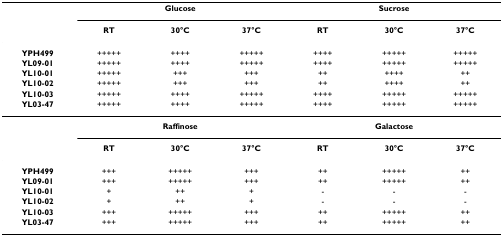
<table><thead><tr><td></td><td colspan="3"><b>Glucose</b></td><td colspan="3"><b>Sucrose</b></td></tr><tr><td></td><td><b>RT</b></td><td><b>30°C</b></td><td><b>37°C</b></td><td><b>RT</b></td><td><b>30°C</b></td><td><b>37°C</b></td></tr></thead><tbody><tr><td><b>YPH499</b></td><td>+++++</td><td>++++</td><td>+++++</td><td>++++</td><td>+++++</td><td>+++++</td></tr><tr><td><b>YL09-01</b></td><td>+++++</td><td>++++</td><td>+++++</td><td>++++</td><td>+++++</td><td>+++++</td></tr><tr><td><b>YL10-01</b></td><td>+++++</td><td>+++</td><td>+++</td><td>++</td><td>++++</td><td>++</td></tr><tr><td><b>YL10-02</b></td><td>+++++</td><td>+++</td><td>+++</td><td>++</td><td>++++</td><td>++</td></tr><tr><td><b>YL10-03</b></td><td>+++++</td><td>++++</td><td>+++++</td><td>++++</td><td>+++++</td><td>+++++</td></tr><tr><td><b>YL03-47</b></td><td>+++++</td><td>++++</td><td>+++++</td><td>++++</td><td>+++++</td><td>+++++</td></tr><tr><td></td><td colspan="3"><b>Raffinose</b></td><td colspan="3"><b>Galactose</b></td></tr><tr><td></td><td><b>RT</b></td><td><b>30°C</b></td><td><b>37°C</b></td><td><b>RT</b></td><td><b>30°C</b></td><td><b>37°C</b></td></tr><tr><td><b>YPH499</b></td><td>+++</td><td>+++++</td><td>+++</td><td>++</td><td>+++++</td><td>++</td></tr><tr><td><b>YL09-01</b></td><td>+++</td><td>+++++</td><td>+++</td><td>++</td><td>+++++</td><td>++</td></tr><tr><td><b>YL10-01</b></td><td>+</td><td>++</td><td>+</td><td>-</td><td>-</td><td>-</td></tr><tr><td><b>YL10-02</b></td><td>+</td><td>++</td><td>+</td><td>-</td><td>-</td><td>-</td></tr><tr><td><b>YL10-03</b></td><td>+++</td><td>+++++</td><td>+++</td><td>++</td><td>+++++</td><td>++</td></tr><tr><td><b>YL03-47</b></td><td>+++</td><td>+++++</td><td>+++</td><td>++</td><td>+++++</td><td>++</td></tr></tbody></table>